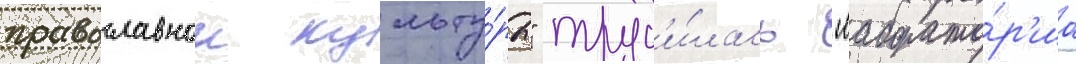
православнои культу́ры" труд'и́лась "лаборато́р'иа